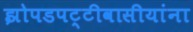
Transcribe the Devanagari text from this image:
झोपडपट्टीवासीयांना